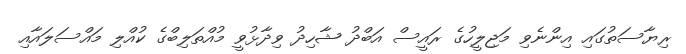
ރިޔާސަތުގައި އިންނެވި މަޖިލީހުގެ ރައީސް އަބްދު ޝާހިދު ވިދާޅުވީ މުއްތަލިބްގެ ކުއްލި މައްސަލައާއި